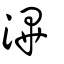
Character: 滭